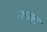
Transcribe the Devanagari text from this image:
नक्ल